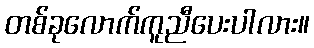
တစ်ခုလောက်ကူညီပေးပါလား။